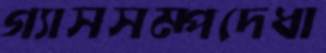
গ্যাসসম্পদেধা